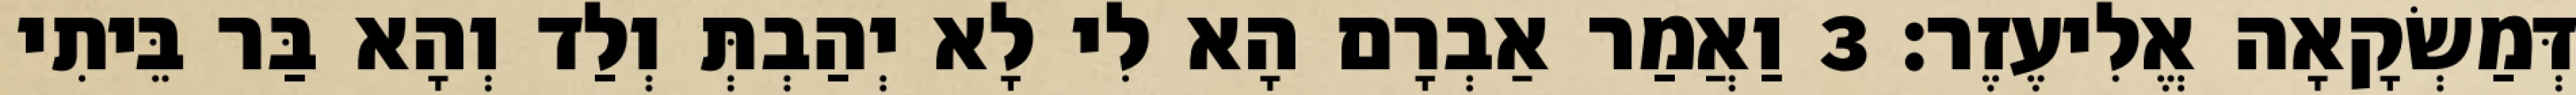
דְּמַשְׂקָאָה אֱלִיעֶזֶר׃ 3 וַאֲמַר אַבְרָם הָא לִי לָא יְהַבְתְּ וְלַד וְהָא בַּר בֵּיתִי